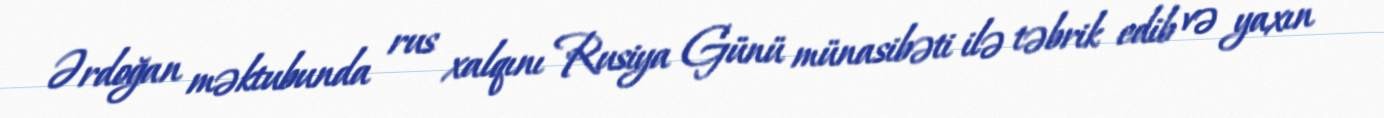
Ərdoğan məktubunda rus xalqını Rusiya Günü münasibəti ilə təbrik edib və yaxın